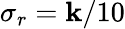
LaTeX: \sigma_{r}=\mathbf{k}/10